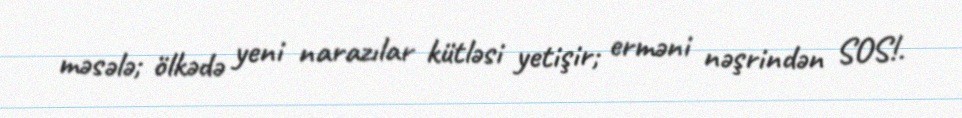
məsələ; ölkədə yeni narazılar kütləsi yetişir; erməni nəşrindən SOS!.